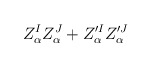
\begin{align*}Z_\alpha^IZ^J_\alpha + Z'^I_\alpha Z'^J_\alpha\end{align*}